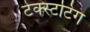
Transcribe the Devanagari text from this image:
टेक्स्टटिंग